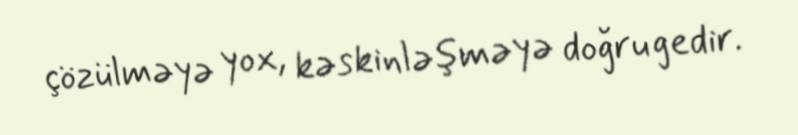
çözülməyə yox, kəskinləşməyə doğru gedir.